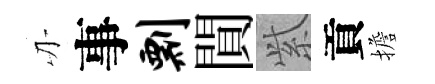
刃事剽閴𬗋貢擔